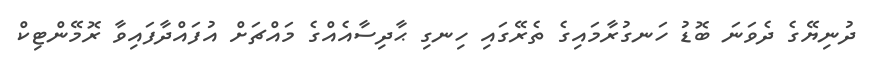
ދުނިޔޭގެ ދެވަނަ ބޮޑު ހަނގުރާމައިގެ ތެރޭގައި ހިނގި ޙާދިސާއެއްގެ މައްޗަށް އުފައްދާފައިވާ ރޮމޭންޓިކް